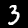
Digit: 3